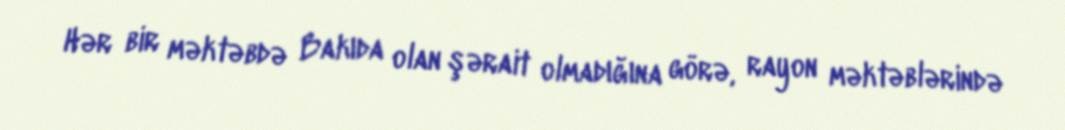
Hər bir məktəbdə Bakıda olan şərait olmadığına görə, rayon məktəblərində